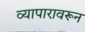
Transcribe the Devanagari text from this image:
व्यापारावरून